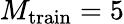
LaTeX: M_{\mathrm{train}}=5